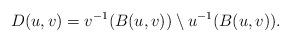
LaTeX: \begin{align*}D(u,v)=v^{-1}(B(u,v))\setminus u^{-1}(B(u,v)).\end{align*}